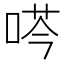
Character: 𫪜